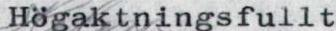
Högaktningsfullt